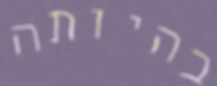
בהיותה